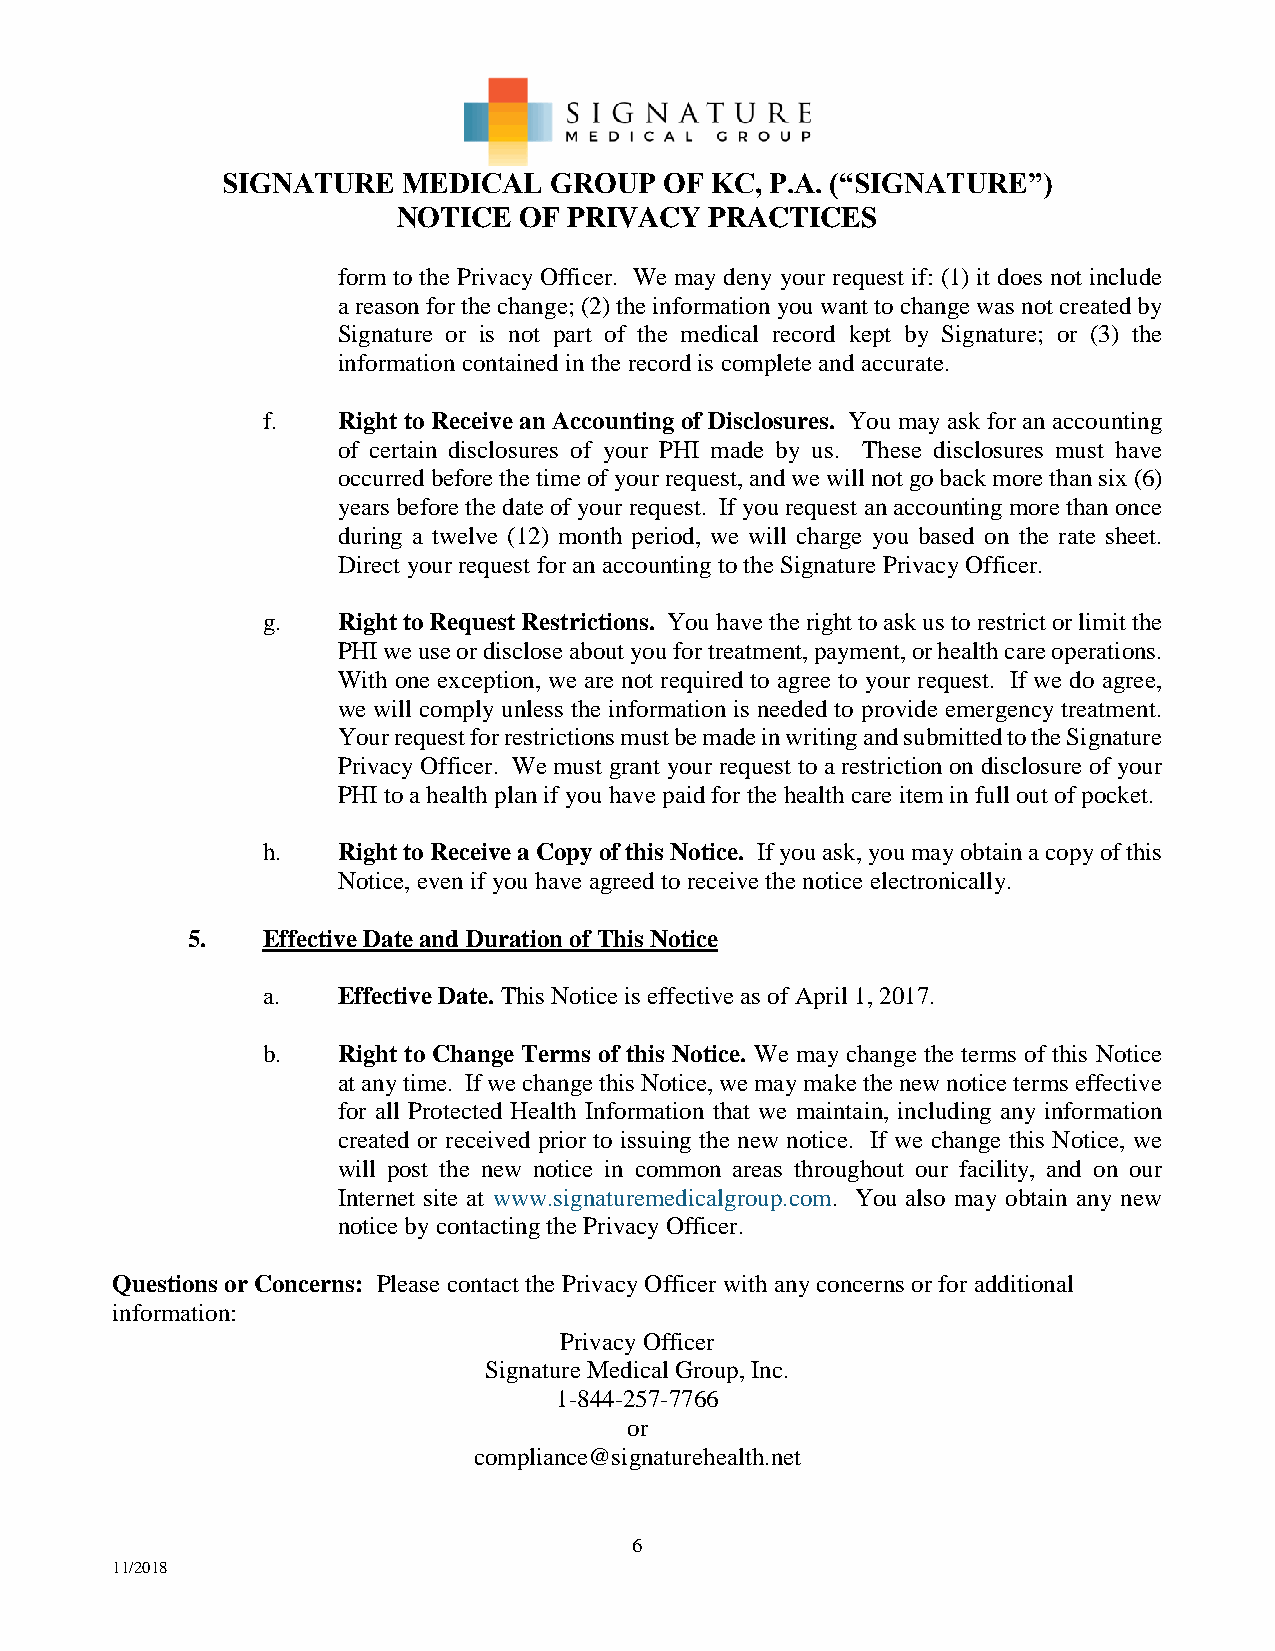
SIGNATURE   MEDICAL  GROUP   OF KC, P.A. (“SIGNATURE”)
 NOTICE  OF  PRIVACY  PRACTICES
 form to the Privacy Officer. We may deny your request if: (1) it does not include
 a reason for the change; (2) the information you want to change was not created by
 Signature or is not part of the medical record kept by Signature; or (3) the
 information contained in the record is complete and accurate.
 f.   Right to Receive an Accounting of Disclosures. You may ask for an accounting
 of certain disclosures of your PHI made by us. These disclosures must have
 occurred before the time of your request, and we will not go back more than six (6)
 years before the date of your request. If you request an accounting more than once
 during a twelve (12) month period, we will charge you based on the rate sheet.
 Direct your request for an accounting to the Signature Privacy Officer.
 g.   Right to Request Restrictions. You have the right to ask us to restrict or limit the
 PHI we use or disclose about you for treatment, payment, or health care operations.
 With one exception, we are not required to agree to your request. If we do agree,
 we will comply unless the information is needed to provide emergency treatment.
 Your request for restrictions must be made in writing and submitted to the Signature
 Privacy Officer. We must grant your request to a restriction on disclosure of your
 PHI to a health plan if you have paid for the health care item in full out of pocket.
 h.   Right to Receive a Copy of this Notice. If you ask, you may obtain a copy of this
 Notice, even if you have agreed to receive the notice electronically.
 5.   Effective Date and Duration of This Notice
 a.   Effective Date. This Notice is effective as of April 1, 2017.
 b.   Right to Change Terms of this Notice. We may change the terms of this Notice
 at any time. If we change this Notice, we may make the new notice terms effective
 for all Protected Health Information that we maintain, including any information
 created or received prior to issuing the new notice. If we change this Notice, we
 will post the new notice in common areas throughout our facility, and on our
 Internet site at www.signaturemedicalgroup.com. You also may obtain any new
 notice by contacting the Privacy Officer.
 Questions or Concerns: Please contact the Privacy Officer with any concerns or for additional
 information:
 Privacy Officer
 Signature Medical Group, Inc.
 1-844-257-7766
 or
 compliance@signaturehealth.net
 6
 11/2018